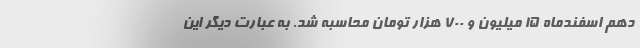
دهم اسفندماه ۱۵ میلیون و ۷۰۰ هزار تومان محاسبه شد. به عبارت دیگر این